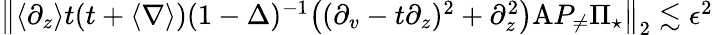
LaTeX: \begin{array}{r}{\left\| \langle\partial_{z}\rangle t(t+\langle\nabla\rangle)(1-\Delta)^{-1}\big((\partial_{v}-t\partial_{z})^{2}+\partial_{z}^{2}\big)\mathrm{A}P_{\neq}\Pi_{\star}\right\| _{2}\lesssim\epsilon^{2}}\end{array}